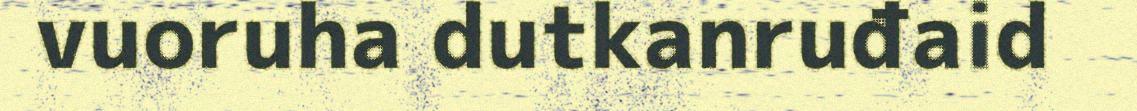
vuoruha dutkanruđaid